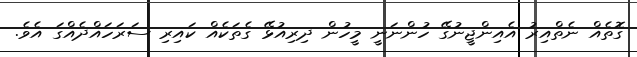
ގޮތެއް ނެތްއިރު އެއިންޖީނުގޭ ހުންނަނީ މީހުން ދިރިއުޅޭ ގެތަކެއް ކައިރި ސަރަހައްދެއްގަ އެވެ.